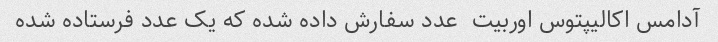
آدامس اکالیپتوس اوربیت  عدد سفارش داده شده که یک عدد فرستاده شده